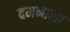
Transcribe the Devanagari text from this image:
दमनाला